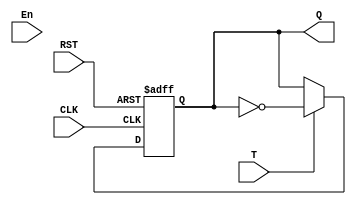
module flip_flop_t (CLK, T, RST, En, Q);
  input CLK, RST, T, En;
  output reg Q;

  always @(posedge RST or posedge CLK)
    if (RST)
      Q <= 1'b0;
    else
      if (T) 
        Q <= ~Q;
      else
        Q <= Q;
endmodule